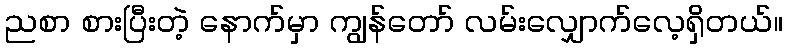
ညစာ စားပြီးတဲ့ နောက်မှာ ကျွန်တော် လမ်းလျှောက်လေ့ရှိတယ်။